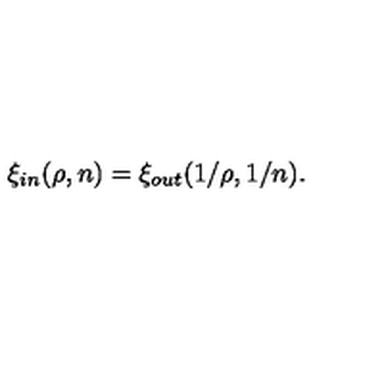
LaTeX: \xi _ { \small i n } ( \rho , n ) = \xi _ { \small o u t } ( 1 / \rho , 1 / n ) .